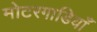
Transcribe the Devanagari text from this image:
मोटरगाडियाँ